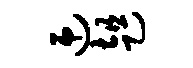
迎趄